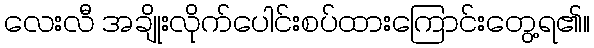
လေးလီ အချိုးလိုက်ပေါင်းစပ်ထားကြောင်းတွေ့ရ၏။